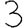
Digit: 3